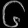
Digit: ၆